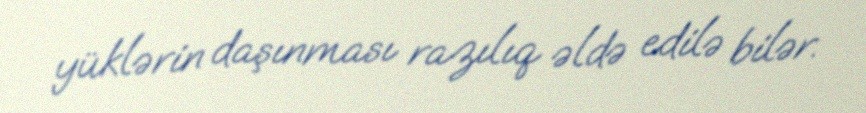
yüklərin daşınması razılıq əldə edilə bilər.